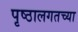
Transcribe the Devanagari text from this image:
पृष्ठालगतच्या